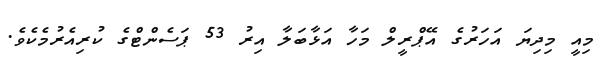
މިއީ މިދިޔަ އަހަރުގެ އޭޕްރީލް މަހާ އަޅާބަލާ އިރު 53 ޕަސެންޓްގެ ކުރިއެރުމެކެވެ.